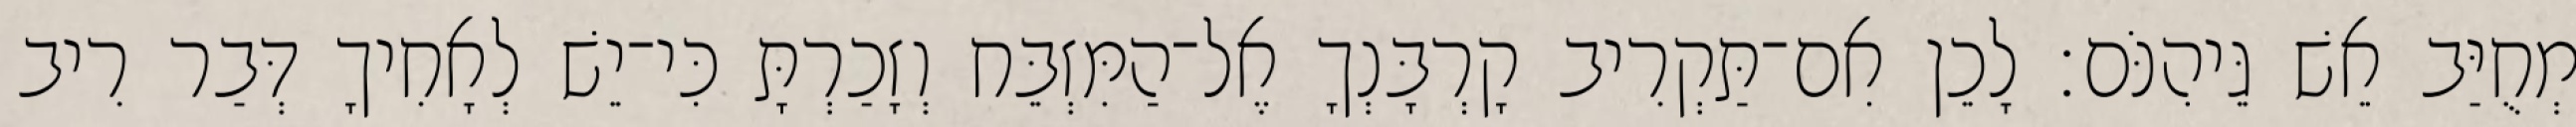
מְחֻיַּב אֵשׁ גֵּיהִנֹּם׃ לָכֵן אִם־תַּקְרִיב קָרְבָּנְךָ אֶל־הַמִּזְבֵּח וְזָכַרְתָּ כִּי־יֵשׁ לְאָחִיךָ דְּבַר רִיב